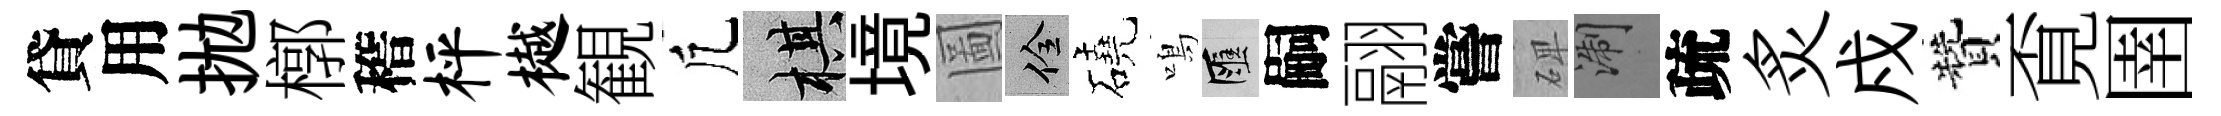
貸用拋槨稽枰樾観凢棋境圖佺磽鳴匯嗣翮嘗𥓓浙疏炙戍贊覔圉